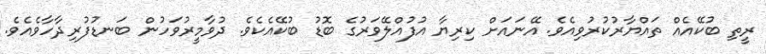
ރީތި ބުކޭއެއް ތައްޔާރުކުރުވިއެވެ. އޭނައަށް ކިރިޔާ އުފުއްލޭވަރުގެ ބޮޑު ބުކޭއެކެވެ. ދުވާމީރުވަހުން ބަނޑުފުރިދާހާވެއެވެ.